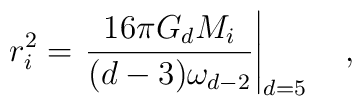
r_i^2 = \left. {\frac{16\pi G_d M_i}{(d-3) \omega_{d-2}}}\right|_{d=5}\quad ,